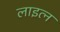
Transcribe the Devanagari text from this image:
लाइत्न